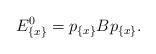
LaTeX: \begin{align*} E^0_{ \{ x \} } = p_{ \{ x \} } B p_{ \{ x \} }.\end{align*}